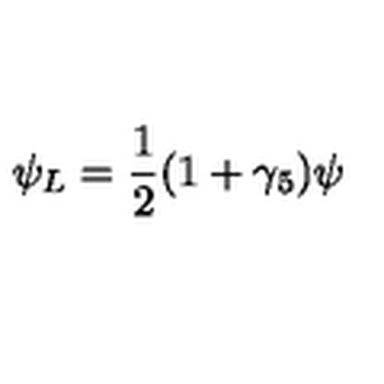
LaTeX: \psi _ { L } = \frac { 1 } { 2 } ( 1 + \gamma _ { 5 } ) \psi